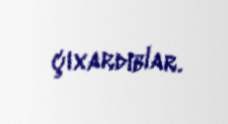
çıxardıblar.